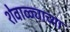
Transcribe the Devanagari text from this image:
शेवाळ्याच्या